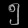
Digit: ၅